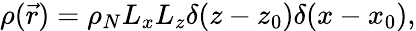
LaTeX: \rho(\vec{r})=\rho_{N}L_{x}L_{z}\delta(z-z_{0})\delta(x-x_{0}),